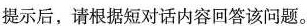
提示后，请根据短对话内容回答该问题。